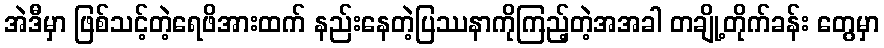
အဲဒီမှာ ဖြစ်သင့်တဲ့ရေဖိအားထက် နည်းနေတဲ့ပြဿနာကိုကြည့်တဲ့အအခါ တချို့တိုက်ခန်း တွေမှာ